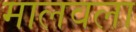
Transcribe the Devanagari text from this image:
मालवला